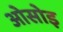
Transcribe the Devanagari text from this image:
ओसोइ